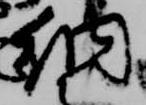
納